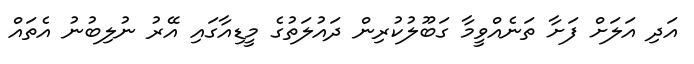
އަދި އަލަށް ފަށާ ތަނެއްވީމާ ގަބޫލުކުރިން ދައުލަތުގެ މީޑިއާގައި އޭރު ނުލިބުނު އެތައް